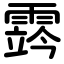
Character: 霠